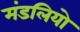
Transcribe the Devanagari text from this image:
मंडलियो